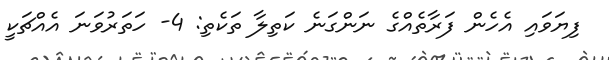
ފިޔަވައި އެހެން ފަރާތެއްގެ ނަންގަނެ ކަތިލާ ތަކެތި: 4- ހަތަރުވަނަ އެއްޗަކީ